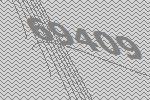
69409